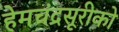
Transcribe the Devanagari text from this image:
हेमचंद्रसूरीको